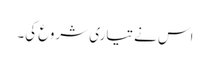
اس نے تیاری شروع کی۔